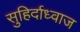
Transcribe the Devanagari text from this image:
सुहिर्दाध्वाज